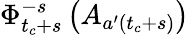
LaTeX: \Phi_{t_{c}+s}^{-s}\left(A_{a^{\prime}(t_{c}+s)}\right)